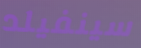
سينفيلد